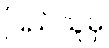
ပြည်သူမှ